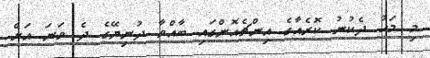
މި މަހު ދެކުނު ކޮރެއާގެ އިންޗެއޮންގައި ބާއްވާ ދުނިޔޭގެ ދެ ވަނަ އަށް